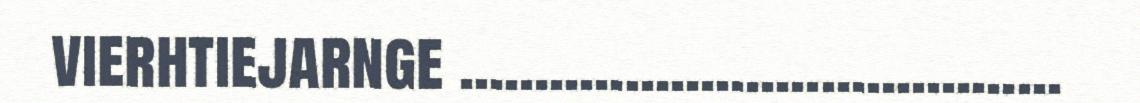
vierhtiejarnge ........................................